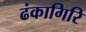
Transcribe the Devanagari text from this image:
ढंकागिरि